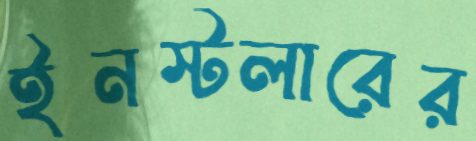
ইনস্টলারের